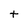
Character: t